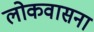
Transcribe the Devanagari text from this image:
लोकवासना